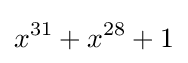
x^{31}+x^{28}+1